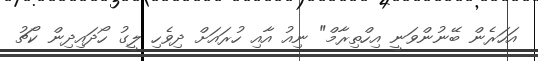
އަހަރެން ބޭނުންވަނީ އިހްތިރާމް" ނިއު އާއި ހުރައަށް ދިވެހި ލީގު ހޯދައިދިން ކޯޗު